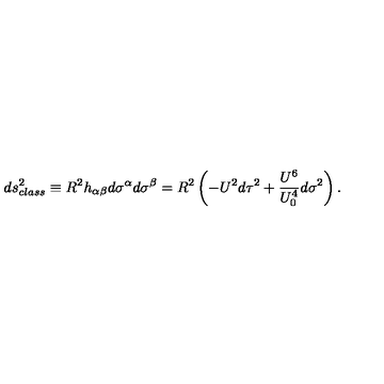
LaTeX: d s _ { c l a s s } ^ { 2 } \equiv R ^ { 2 } h _ { \alpha \beta } d \sigma ^ { \alpha } d \sigma ^ { \beta } = R ^ { 2 } \left( - U ^ { 2 } d \tau ^ { 2 } + \frac { U ^ { 6 } } { U _ { 0 } ^ { 4 } } d \sigma ^ { 2 } \right) .